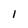
Character: l